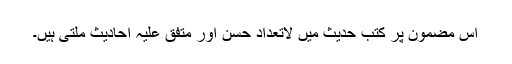
اس مضمون پر کتب حدیث میں لاتعداد حسن اور متفق علیہ احادیث ملتی ہیں۔